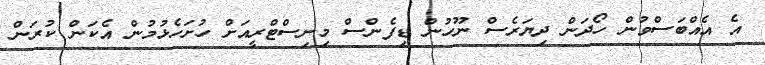
އެ އެއްބަސްވުން ހޯދަން ދިޔަރެސް ނޫހުން ޑިފެންސް މިނިސްޓްރީއަށް ހުށަހެޅުމުން އެކަން ކުރަން